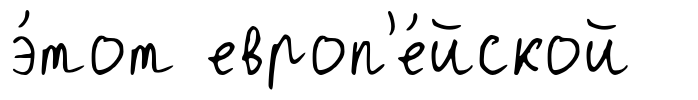
э́тот европ'е́йской